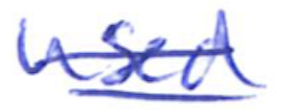
Text: used
Cross-out: double-line
Writing tool: ballpoint